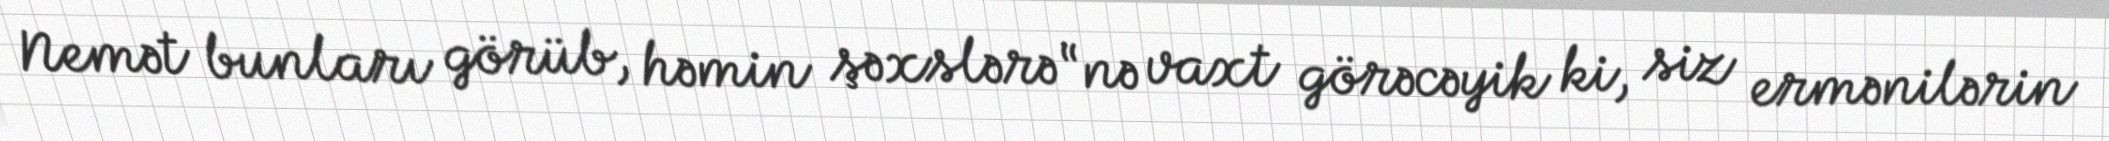
Nemət bunları görüb, həmin şəxslərə “nə vaxt görəcəyik ki, siz ermənilərin